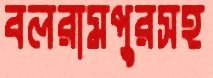
বলরামপুরসহ